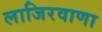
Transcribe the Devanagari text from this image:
लाजिरवाणा